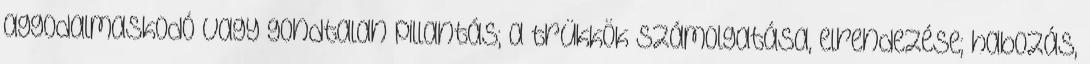
aggodalmaskodó vagy gondtalan pillantás; a trükkök számolgatása, elrendezése; habozás,